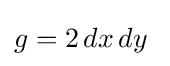
g=2\,dx\,dy~